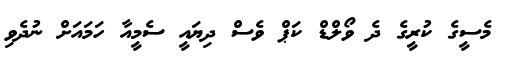
މެސީގެ ކުރީގެ ދެ ވޯލްޑް ކަޕް ވެސް ދިޔައީ ސެމީއާ ހަމައަށް ނުދެވި